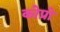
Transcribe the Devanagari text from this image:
कोप्रो